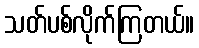
သတ်ပစ်လိုက်ကြတယ်။